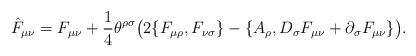
\begin{align*}\hat F_{\mu\nu} = F_{\mu\nu} + {1\over 4}\theta^{\rho\sigma}\big( 2\{F_{\mu\rho},F_{\nu\sigma}\}-\{A_\rho, D_\sigma F_{\mu\nu} +\partial_\sigma F_{\mu\nu}\}\big).\end{align*}